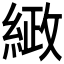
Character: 𮈤